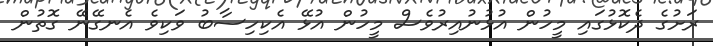
ރަށުގެ ދެކޮޅުގައި މީހުން އުޅުނުއިރުވެސް މީހުން އުޅޭ އެކިހިސާބު ވަކިވެ އެނގޭނޭ ގޮތުން